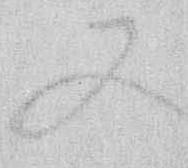
又